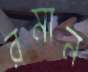
রমান